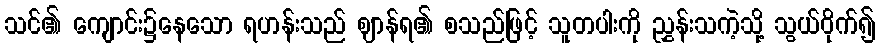
သင်၏ ကျောင်း၌နေသော ရဟန်းသည် ဈာန်ရ၏ စသည်ဖြင့် သူတပါးကို ညွှန်းသကဲ့သို့ သွယ်ဝိုက်၍